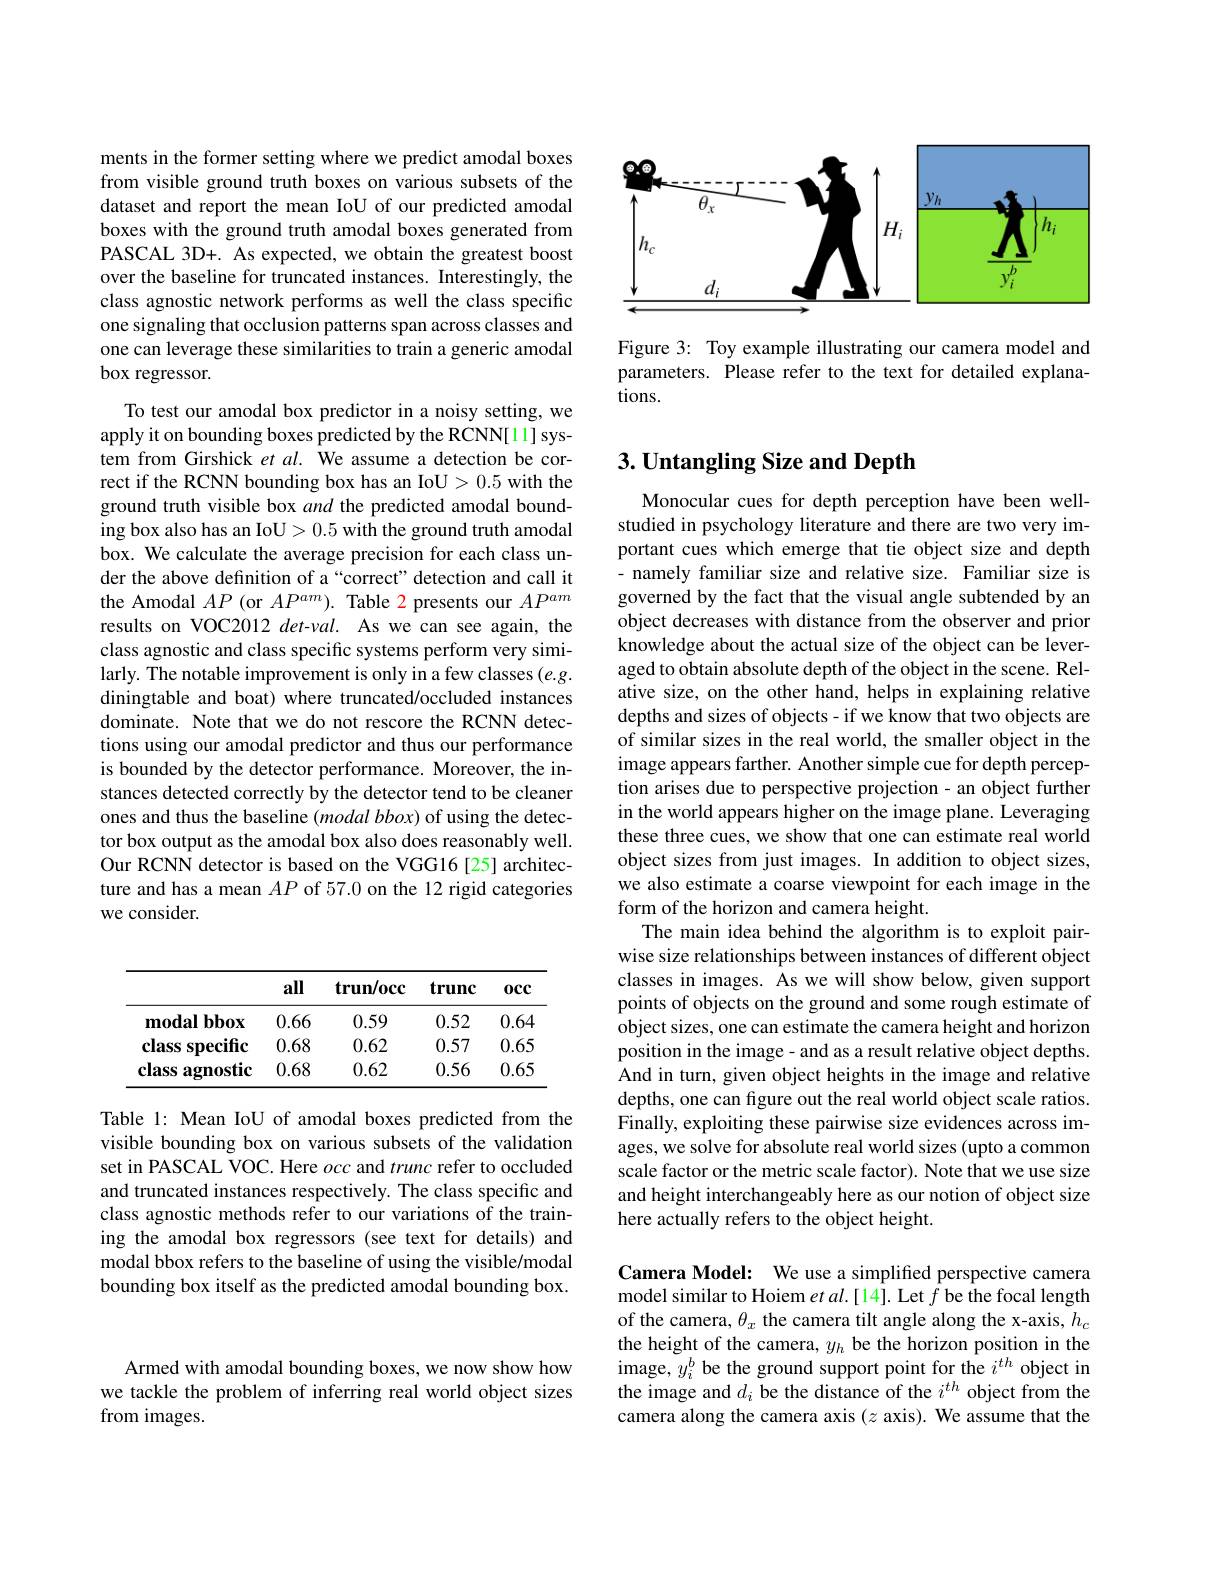
Armed with amodal bounding boxes, we now show how we tackle the problem of inferring real world object sizes from images.

ments in the former setting where we predict amodal boxes from visible ground truth boxes on various subsets of the dataset and report the mean IoU of our predicted amodal boxes with the ground truth amodal boxes generated from PASCAL 3D+. As expected, we obtain the greatest boost over the baseline for truncated instances. Interestingly, the class agnostic network performs as well the class specific one signaling that occlusion patterns span across classes and one can leverage these similarities to train a generic amodal box regressor.

To test our amodal box predictor in a noisy setting, we apply it on bounding boxes predicted by the RCNN[11] system from Girshick et al. We assume a detection be correct if the RCNN bounding box has an IoU>0.5 with the ground truth visible box and the predicted amodal bounding box also has an IoU> 0.5 with the ground truth amodal box. We calculate the average precision for each class under the above definition of a “correct" detection and call it the Amodal $AP($or $AP^am).$ Table 2 presents our $AP^{am}$ results on VOC2012 det-val. As we can see again, the class agnostic and class specific systems perform very similarly. The notable improvement is only in a few classes $(e.g.$ diningtable and boat) where truncated/occluded instances dominate. Note that we do not rescore the RCNN detections using our amodal predictor and thus our performance is bounded by the detector performance. Moreover, the instances detected correctly by the detector tend to be cleaner ones and thus the baseline (modal bbox) of using the detector box output as the amodal box also does reasonably well. Our RCNN detector is based on the VGG16[25] architecture and has a mean $AP$ of 57.0 on the 12 rigid categories we consider.

<table>
	<tbody>
		<tr>
			<th> </th>
			<th>all</th>
			<th>$\mathbf{trun/occ}$</th>
			<th>trunc</th>
			<th>$0cc$</th>
		</tr>
		<tr>
			<td>$\mathbf{modalbbox}$</td>
			<td>0.66</td>
			<td>0.59</td>
			<td>0.52</td>
			<td>0.64</td>
		</tr>
		<tr>
			<td>class s specific</td>
			<td>0.68</td>
			<td>0.62</td>
			<td>0.57</td>
			<td>0.65</td>
		</tr>
		<tr>
			<td>class s agnostic</td>
			<td>0.68</td>
			<td>0.62</td>
			<td>0.56</td>
			<td>0.65</td>
		</tr>
	</tbody>
</table>

Table 1: Mean IoU of amodal boxes predicted from the visible bounding box on various subsets of the validation set in PASCAL VOC. Here occ and trunc refer to occluded and truncated instances respectively. The class specific and class agnostic methods refer to our variations of the training the amodal box regressors (see text for details) and modal bbox refers to the baseline of using the visible/modal bounding box itself as the predicted amodal bounding box.

<FigureHere>

Figure 3: Toy example illustrating our camera model and parameters. Please refer to the text for detailed explanations.

# 3. Untangling Size and Depth

Monocular cues for depth perception have been wellstudied in psychology literature and there are two very important cues which emerge that tie object size and depth - namely familiar size and relative size. Familiar size is governed by the fact that the visual angle subtended by an object decreases with distance from the observer and prior knowledge about the actual size of the object can be leveraged to obtain absolute depth of the object in the scene. Relative size, on the other hand, helps in explaining relative depths and sizes of objects- if we know that two objects are of similar sizes in the real world, the smaller object in the image appears farther. Another simple cue for depth perception arises due to perspective projection- an object further in the world appears higher on the image plane. Leveraging these three cues, we show that one can estimate real world object sizes from just images. In addition to object sizes, we also estimate a coarse viewpoint for each image in the form of the horizon and camera height.
The main idea behind the algorithm is to exploit pairwise size relationships between instances of different object classes in images. As we will show below, given support points of objects on the ground and some rough estimate of object sizes, one can estimate the camera height and horizon position in the image- and as a result relative object depths. And in turn, given object heights in the image and relative depths, one can figure out the real world object scale ratios. Finally, exploiting these pairwise size evidences across images, we solve for absolute real world sizes (upto a common scale factor or the metric scale factor). Note that we use size and height interchangeably here as our notion of object size here actually refers to the object height

Camera Model: We use a simplified perspective camera model similar to Hoiem $etal.[14].$ Let $f$ be the focal length of the camera, $\theta_x$ the camera tilt angle along the x-axis, $h_c$ the height of the camera, $y_h$ be the horizon position in the image, $y_i^b$ be the ground support point for the $i^th$ object in the image and $d_i$ be the distance of the $i^th$ object from the camera along the camera axis $(z$ axis). We assume that the